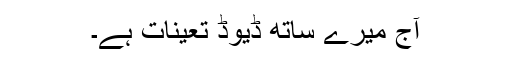
آج میرے ساتھ ڈیوڈ تعینات ہے۔